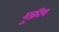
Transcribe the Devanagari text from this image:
शुक्रीय